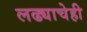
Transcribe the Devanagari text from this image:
लढ्याचेही